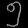
Digit: ၅